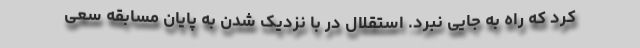
کرد که راه به جایی نبرد. استقلال در با نزدیک شدن به پایان مسابقه سعی